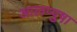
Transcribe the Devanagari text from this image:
आलप्पुषा़